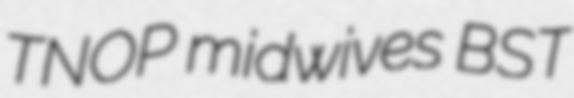
TNOP midwives BST